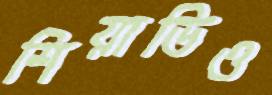
শিয়াভিও